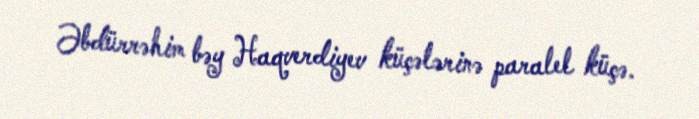
Əbdürrəhim bəy Haqverdiyev küçələrinə paralel küçə.